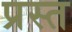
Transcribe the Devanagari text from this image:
प्रस्त